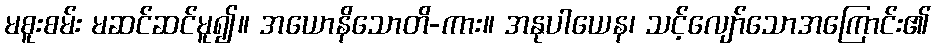
မစူးစမ်း မဆင်ဆင်မူ၍။ အယောနိသောတိ-ကား။ အနုပါယေန၊ သင့်လျော်သောအကြောင်း၏